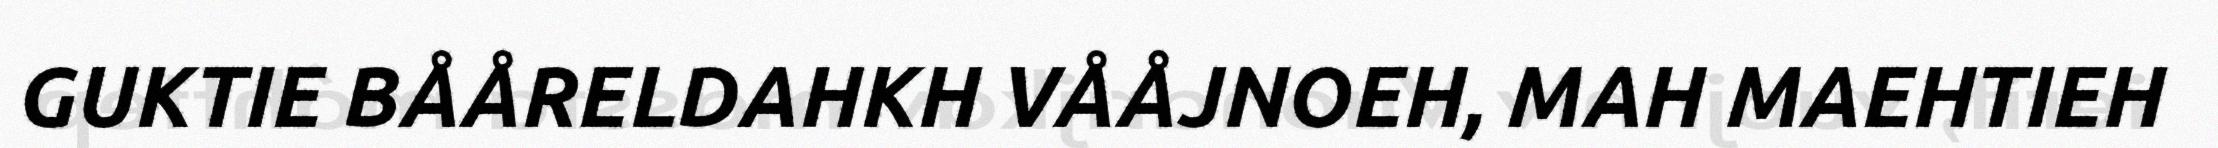
GUKTIE BÅÅRELDAHKH VÅÅJNOEH, MAH MAEHTIEH